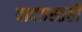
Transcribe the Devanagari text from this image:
वादग्रस्तही